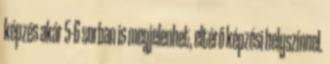
képzés akár 5-6 sorban is megjelenhet, eltérő képzési helyszínnel.